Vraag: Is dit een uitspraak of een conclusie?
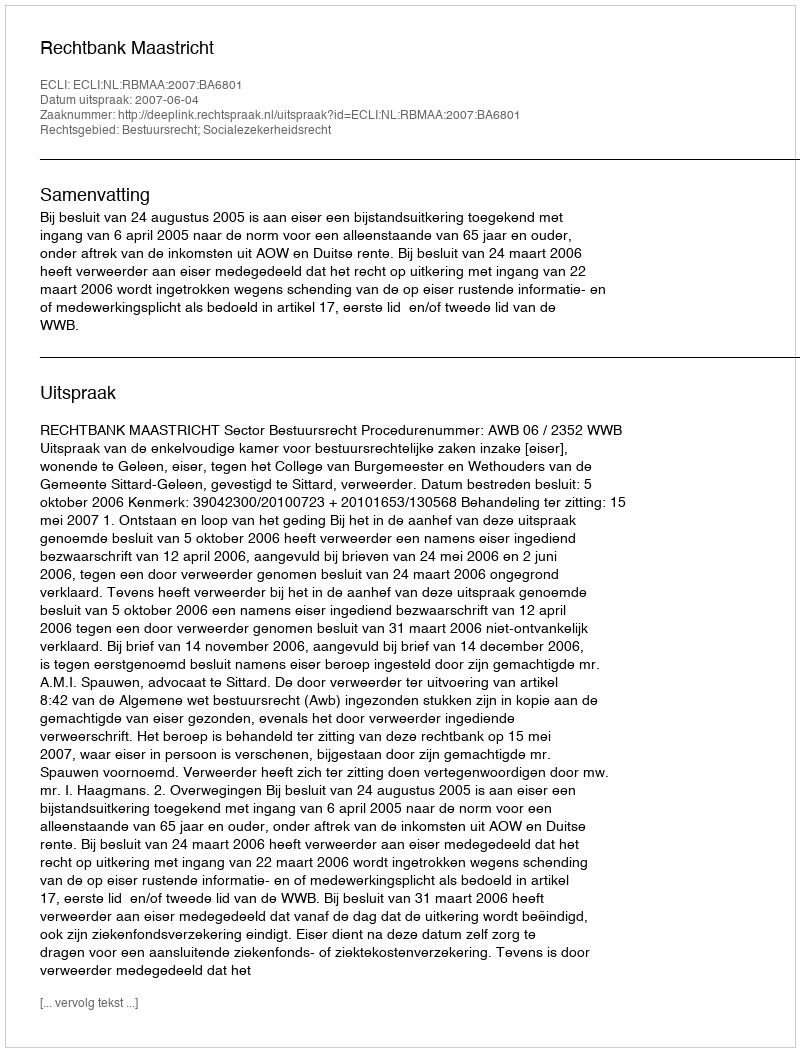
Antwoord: Uitspraak